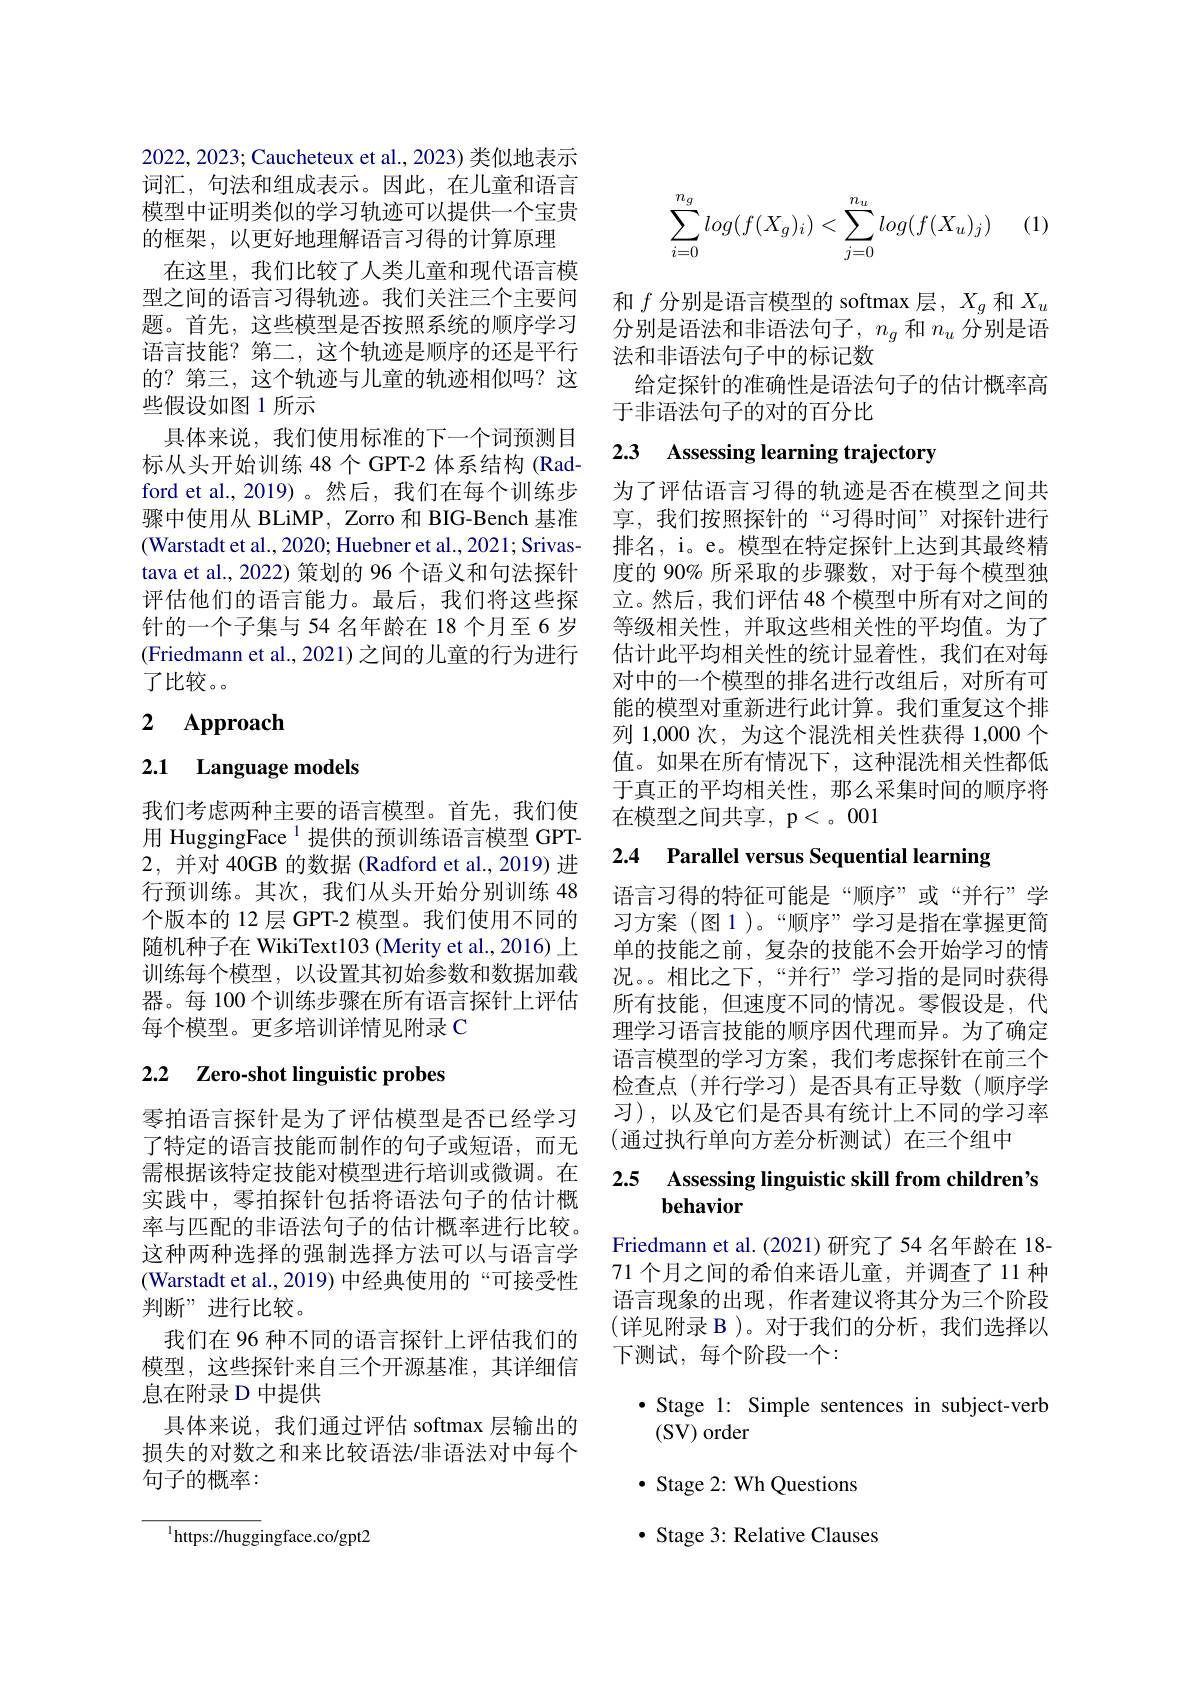
2022,2023; Caucheteux et al., 2023) 类似地表示词汇，句法和组成表示。因此，在儿童和语言模型中证明类似的学习轨迹可以提供一个宝贵的框架，以更好地理解语言习得的计算原理
在这里，我们比较了人类儿童和现代语言模型之间的语言习得轨迹。我们关注三个主要问题。首先，这些模型是否按照系统的顺序学习语言技能？第二，这个轨迹是顺序的还是平行的？第三，这个轨迹与儿童的轨迹相似吗？这些假设如图 1 所示
具体来说，我们使用标准的下一个词预测目标从头开始训练 48 个 GPT-2 体系结构 (Radford et al., 2019)。然后，我们在每个训练步骤中使用从 BLiMP, Zorro 和 BIG-Bench 基准(Warstadt et al., 2020; Huebner et al., 2021; Srivastava et al., 2022) 策划的 96 个语义和句法探针评估他们的语言能力。最后，我们将这些探针的一个子集与 54 名年龄在 18 个月至 6 岁(Friedmann et al., 2021) 之间的儿童的行为进行了比较。。

# 2 Approach

# 2.1 Language models

我们考虑两种主要的语言模型。首先，我们使用 HuggingFace $^{1}$提供的预训练语言模型 GPT- 2,并对 40GB 的数据 (Radford et al., 2019) 进行预训练。其次，我们从头开始分别训练 48个版本的 12 层 GPT-2 模型。我们使用不同的随机种子在 WikiText103 (Merity et al.,2016) 上训练每个模型，以设置其初始参数和数据加载器。每 100个训练步骤在所有语言探针上评估每个模型。更多培训详情见附录 C

# 2.2 Zero-shot linguistic probes

零拍语言探针是为了评估模型是否已经学习了特定的语言技能而制作的句子或短语，而无需根据该特定技能对模型进行培训或微调。在实践中，零拍探针包括将语法句子的估计概率与匹配的非语法句子的估计概率进行比较。这种两种选择的强制选择方法可以与语言学(Warstadt et al., 2019) 中经典使用的“可接受性判断”进行比较。
我们在 96 种不同的语言探针上评估我们的模型，这些探针来自三个开源基准，其详细信息在附录 D 中提供
具体来说，我们通过评估 softmax 层输出的损失的对数之和来比较语法/非语法对中每个句子的概率：

${^{1}\mathrm{https://hugg}}$ingface.co/gpt2

(1)
$$\begin{aligned}\sum_{i=0}^{n_g}log(f(X_g)_i)<\sum_{j=0}^{n_u}log(f(X_u)_j)\end{aligned}$$
和$f$分别是语言模型的 softmax 层，$X_g$和$X_u$ 分别是语法和非语法句子，$n_g$和$n_u$分别是语法和非语法句子中的标记数
给定探针的准确性是语法句子的估计概率高
于非语法句子的对的百分比

## 2.3 Assessing learning trajectory

为了评估语言习得的轨迹是否在模型之间共享，我们按照探针的“习得时间”对探针进行排名，i。e。模型在特定探针上达到其最终精度的 90% 所采取的步骤数，对于每个模型独立。然后，我们评估 48 个模型中所有对之间的等级相关性，并取这些相关性的平均值。为了估计此平均相关性的统计显着性，我们在对每对中的一个模型的排名进行改组后，对所有可能的模型对重新进行此计算。我们重复这个排列 1,000 次，为这个混洗相关性获得 1,000 个值。如果在所有情况下，这种混洗相关性都低于真正的平均相关性，那么采集时间的顺序将在模型之间共享，p< 。001

2.4 Parallel versus Sequential learning

语言习得的特征可能是“顺序”或“并行”学习方案 (图 1 )。“顺序”学习是指在掌握更简单的技能之前，复杂的技能不会开始学习的情况。。相比之下，“并行”学习指的是同时获得所有技能，但速度不同的情况。零假设是，代理学习语言技能的顺序因代理而异。为了确定语言模型的学习方案，我们考虑探针在前三个检查点(并行学习)是否具有正导数(顺序学习),以及它们是否具有统计上不同的学习率(通过执行单向方差分析测试)在三个组中

# 2.5 Assessing linguistic skill from children's behavior

Friedmann et al.(2021)研究了54名年龄在 18- 71 个月之间的希伯来语儿童，并调查了 11 种语言现象的出现，作者建议将其分为三个阶段(详见附录 B )。对于我们的分析，我们选择以下测试，每个阶段一个：

$\bullet$ Stage 1: Simple sentences in subject-verb
(SV) order
$\bullet$ Stage 2: Wh Questions · Stage 3: Relative Clauses